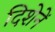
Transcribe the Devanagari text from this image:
दिशेनें